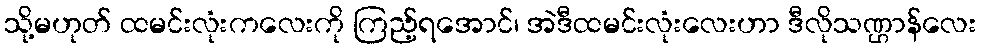
သို့မဟုတ် ထမင်းလုံးကလေးကို ကြည့်ရအောင်၊ အဲဒီထမင်းလုံးလေးဟာ ဒီလိုသဏ္ဌာန်လေး